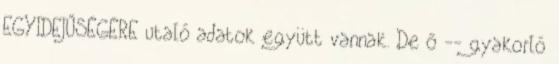
EGYIDEJŰSÉGÉRE utaló adatok együtt vannak. De ő -- gyakorló